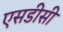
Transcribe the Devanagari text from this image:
एसडीसी